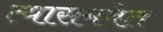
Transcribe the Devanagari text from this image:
त्यासमवेत